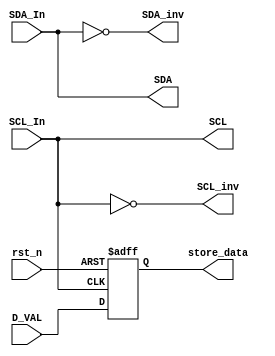
module Clock_Central(
/*AUTOARG*/
   // Outputs
   SCL, SDA, SCL_inv, SDA_inv, store_data,
   // Inputs
   SDA_In, SCL_In, D_VAL, rst_n
   );

input   SDA_In;
input   SCL_In;
input   D_VAL;
input   rst_n;

output  SCL;
output  SDA;
output  SCL_inv;
output  SDA_inv;
output  store_data;

reg     store_data;

assign  SCL = SCL_In;
assign  SDA = SDA_In;
assign  SCL_inv = ~SCL_In;
assign  SDA_inv = ~SDA_In;

always@(posedge SCL or negedge rst_n)
    if(~rst_n)
        store_data <= 1'b0;
    else
        store_data <= D_VAL;

endmodule